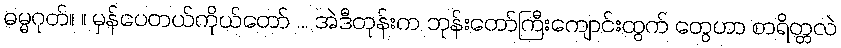
ဓမ္မဂုတ်။ ။ မှန်ပေတယ်ကိုယ်တော် ... အဲဒီတုန်းက ဘုန်းတော်ကြီးကျောင်းထွက် တွေဟာ စာရိတ္တလဲ